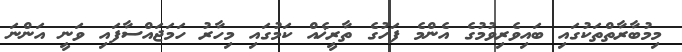
މިމުބާރާތްތަކުގައި ބައިވެރިވުމުގެ އެންމެ ފަހުގެ ތާރީޚެއް ކަމުގައި މިހާރު ހަމަޖައްސާފައި ވަނީ އަންނަ